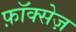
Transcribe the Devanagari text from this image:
फ़ॉक्सेज़